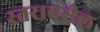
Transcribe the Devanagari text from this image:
स्‍तरावरील